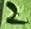
Text: 2